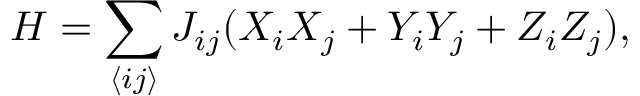
H = \sum _ { \langle i j \rangle } J _ { i j } ( X _ { i } X _ { j } + Y _ { i } Y _ { j } + Z _ { i } Z _ { j } ) ,